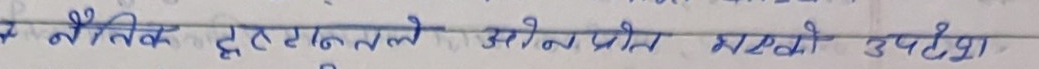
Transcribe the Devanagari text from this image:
नैतिक दृष्टान्तले ओनपीत मष्टिको उपदेश